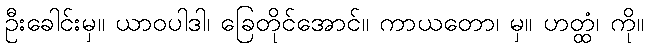
ဦးခေါင်းမှ။ ယာဝပါဒါ၊ ခြေတိုင်အောင်။ ကာယတော၊ မှ။ ဟတ္ထံ၊ ကို။